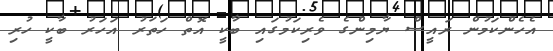
އެހެންކަމުން ރައީސް ޔާމިންގެ ވެރިކަމުގައި ބާކީ އޮތް ހަތަރު އަހަރު ބާކީ ހުރި